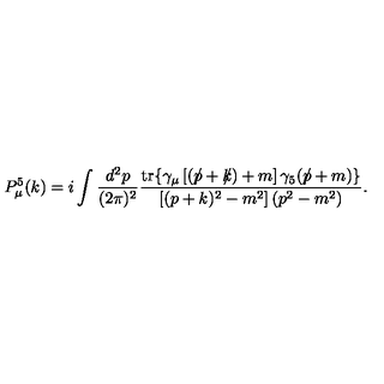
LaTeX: P _ { \mu } ^ { 5 } ( k ) = i \int \frac { d ^ { 2 } p } { ( 2 \pi ) ^ { 2 } } \frac { \mathrm { t r } \{ \gamma _ { \mu } \left[ ( p \! \! \! \slash + k \! \! \! \slash ) + m \right] \gamma _ { 5 } ( p \! \! \! \slash + m ) \} } { \left[ ( p + k ) ^ { 2 } - m ^ { 2 } \right] ( p ^ { 2 } - m ^ { 2 } ) } .